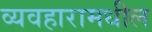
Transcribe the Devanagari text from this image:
व्यवहारामधील